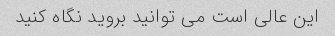
این عالی است می توانید بروید نگاه کنید